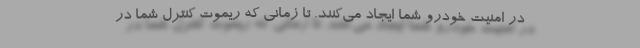
در امنیت خودرو شما ایجاد می‌کنند. تا زمانی که ریموت کنترل شما در